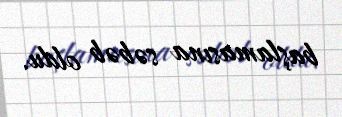
başlamasına səbəb oldu.